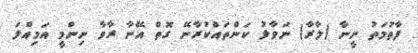
ފާތުމަތު ނީނާ (ލާރާ) ނަވާލު ކަންތައްކުރާނޭ ގޮތް އޭނާ ރާވާ ނިންމީ އަމިއްލަ